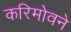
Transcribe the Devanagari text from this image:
करिमोवने